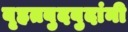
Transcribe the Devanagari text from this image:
बृहतबुदबुदांनी